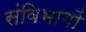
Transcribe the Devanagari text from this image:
संविभागों